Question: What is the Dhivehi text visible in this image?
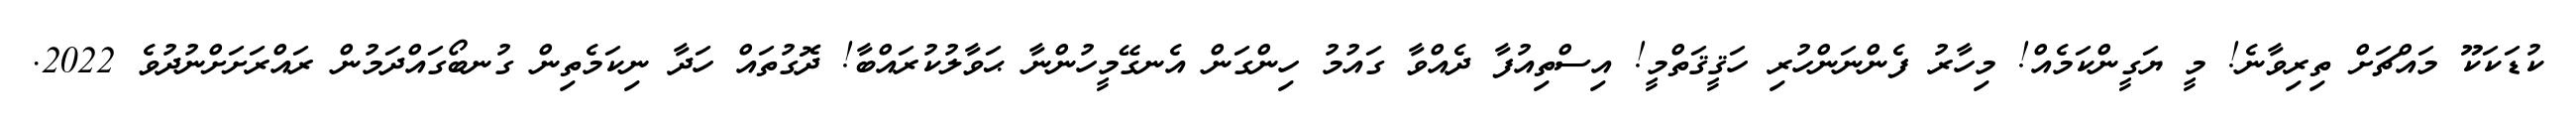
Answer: ކުޑަކަކޫ މައްޗަށް ތިރިވާނެ! މީ ޔަގީންކަމެއް! މިހާރު ފެންނަންހުރި ހަޤީޤަތްމީ! އިސްތިއުފާ ދެއްވާ ގައުމު ހިންގަން އެނގޭމީހުންނާ ޙަވާލުކުރައްބާ! ދޮގުތައް ހަދާ ނިކަމެތިން ގުނބޯގައްދަމުން ރައްރަށަށްނުދުވެ 2022.